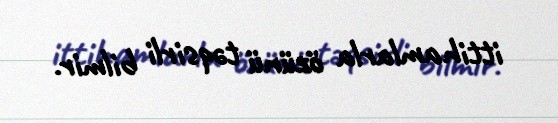
ittihamlarla özünü təqsirli bilmir.